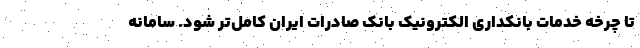
تا چرخه خدمات بانکداری الکترونیک بانک صادرات ایران کامل‌تر شود. سامانه